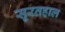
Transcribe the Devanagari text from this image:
सूरतहाल